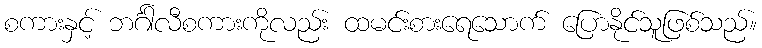
စကားနှင့် ဘင်္ဂါလီစကားကိုလည်း ထမင်းစားရေသောက် ပြောနိုင်သူဖြစ်သည်။